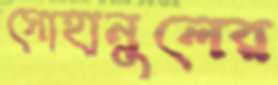
সোহানুলের